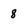
Character: 8